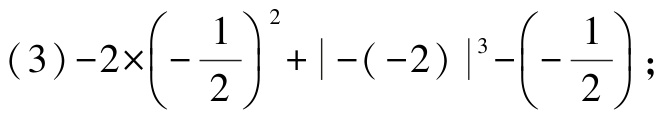
\((3)-2\times\left(-\dfrac{1}{2}\right)^{2}+\vert -(-2)\vert^{3}-\left(-\dfrac{1}{2}\right);\)